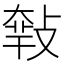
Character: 𢾴